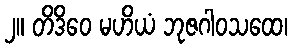
၂။ တိဒိဝေ မဟိယံ ဘုဇဂါဝသထေ၊